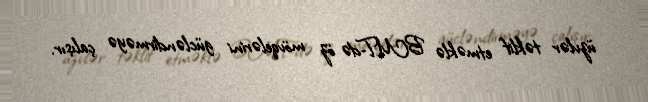
üzvlər təklif etməklə BMT-də öz mövqelərini gücləndirməyə çalışır.